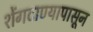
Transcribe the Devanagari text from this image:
शेंगदाण्यापासून